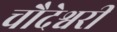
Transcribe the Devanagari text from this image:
चौदेश्वरी